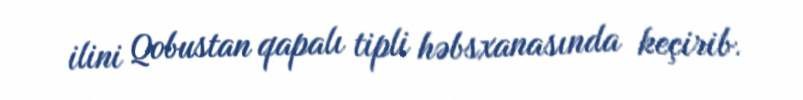
ilini Qobustan qapalı tipli həbsxanasında keçirib.